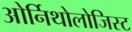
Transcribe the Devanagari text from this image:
ओर्निथोलोजिस्ट